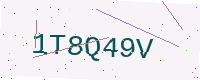
Text: 1T8Q49V